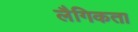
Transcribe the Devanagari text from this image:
लैगिकता